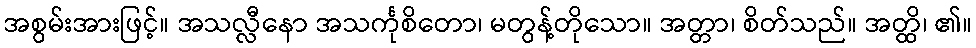
အစွမ်းအားဖြင့်။ အသလ္လီနော အသင်္ကုစိတော၊ မတွန့်တိုသော။ အတ္တာ၊ စိတ်သည်။ အတ္ထိ၊ ၏။